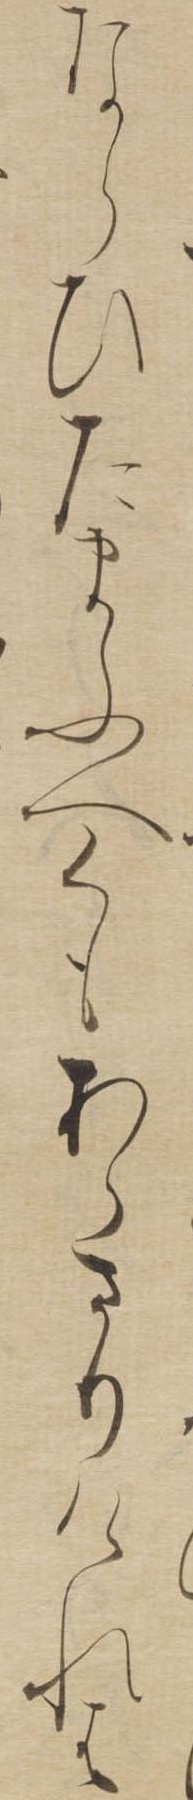
ならひたまふへくもあらさりけれは